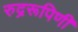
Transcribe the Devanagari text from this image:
रुद्ररूपिणी